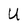
Character: U